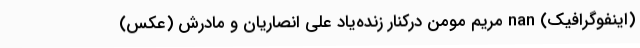
(اینفوگرافیک) nan مریم مومن درکنار زنده‌یاد علی انصاریان و مادرش (عکس)